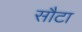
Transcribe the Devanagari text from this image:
सौटा